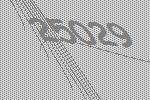
25029